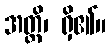
အတ္ထိ၊ ရှိ၏။